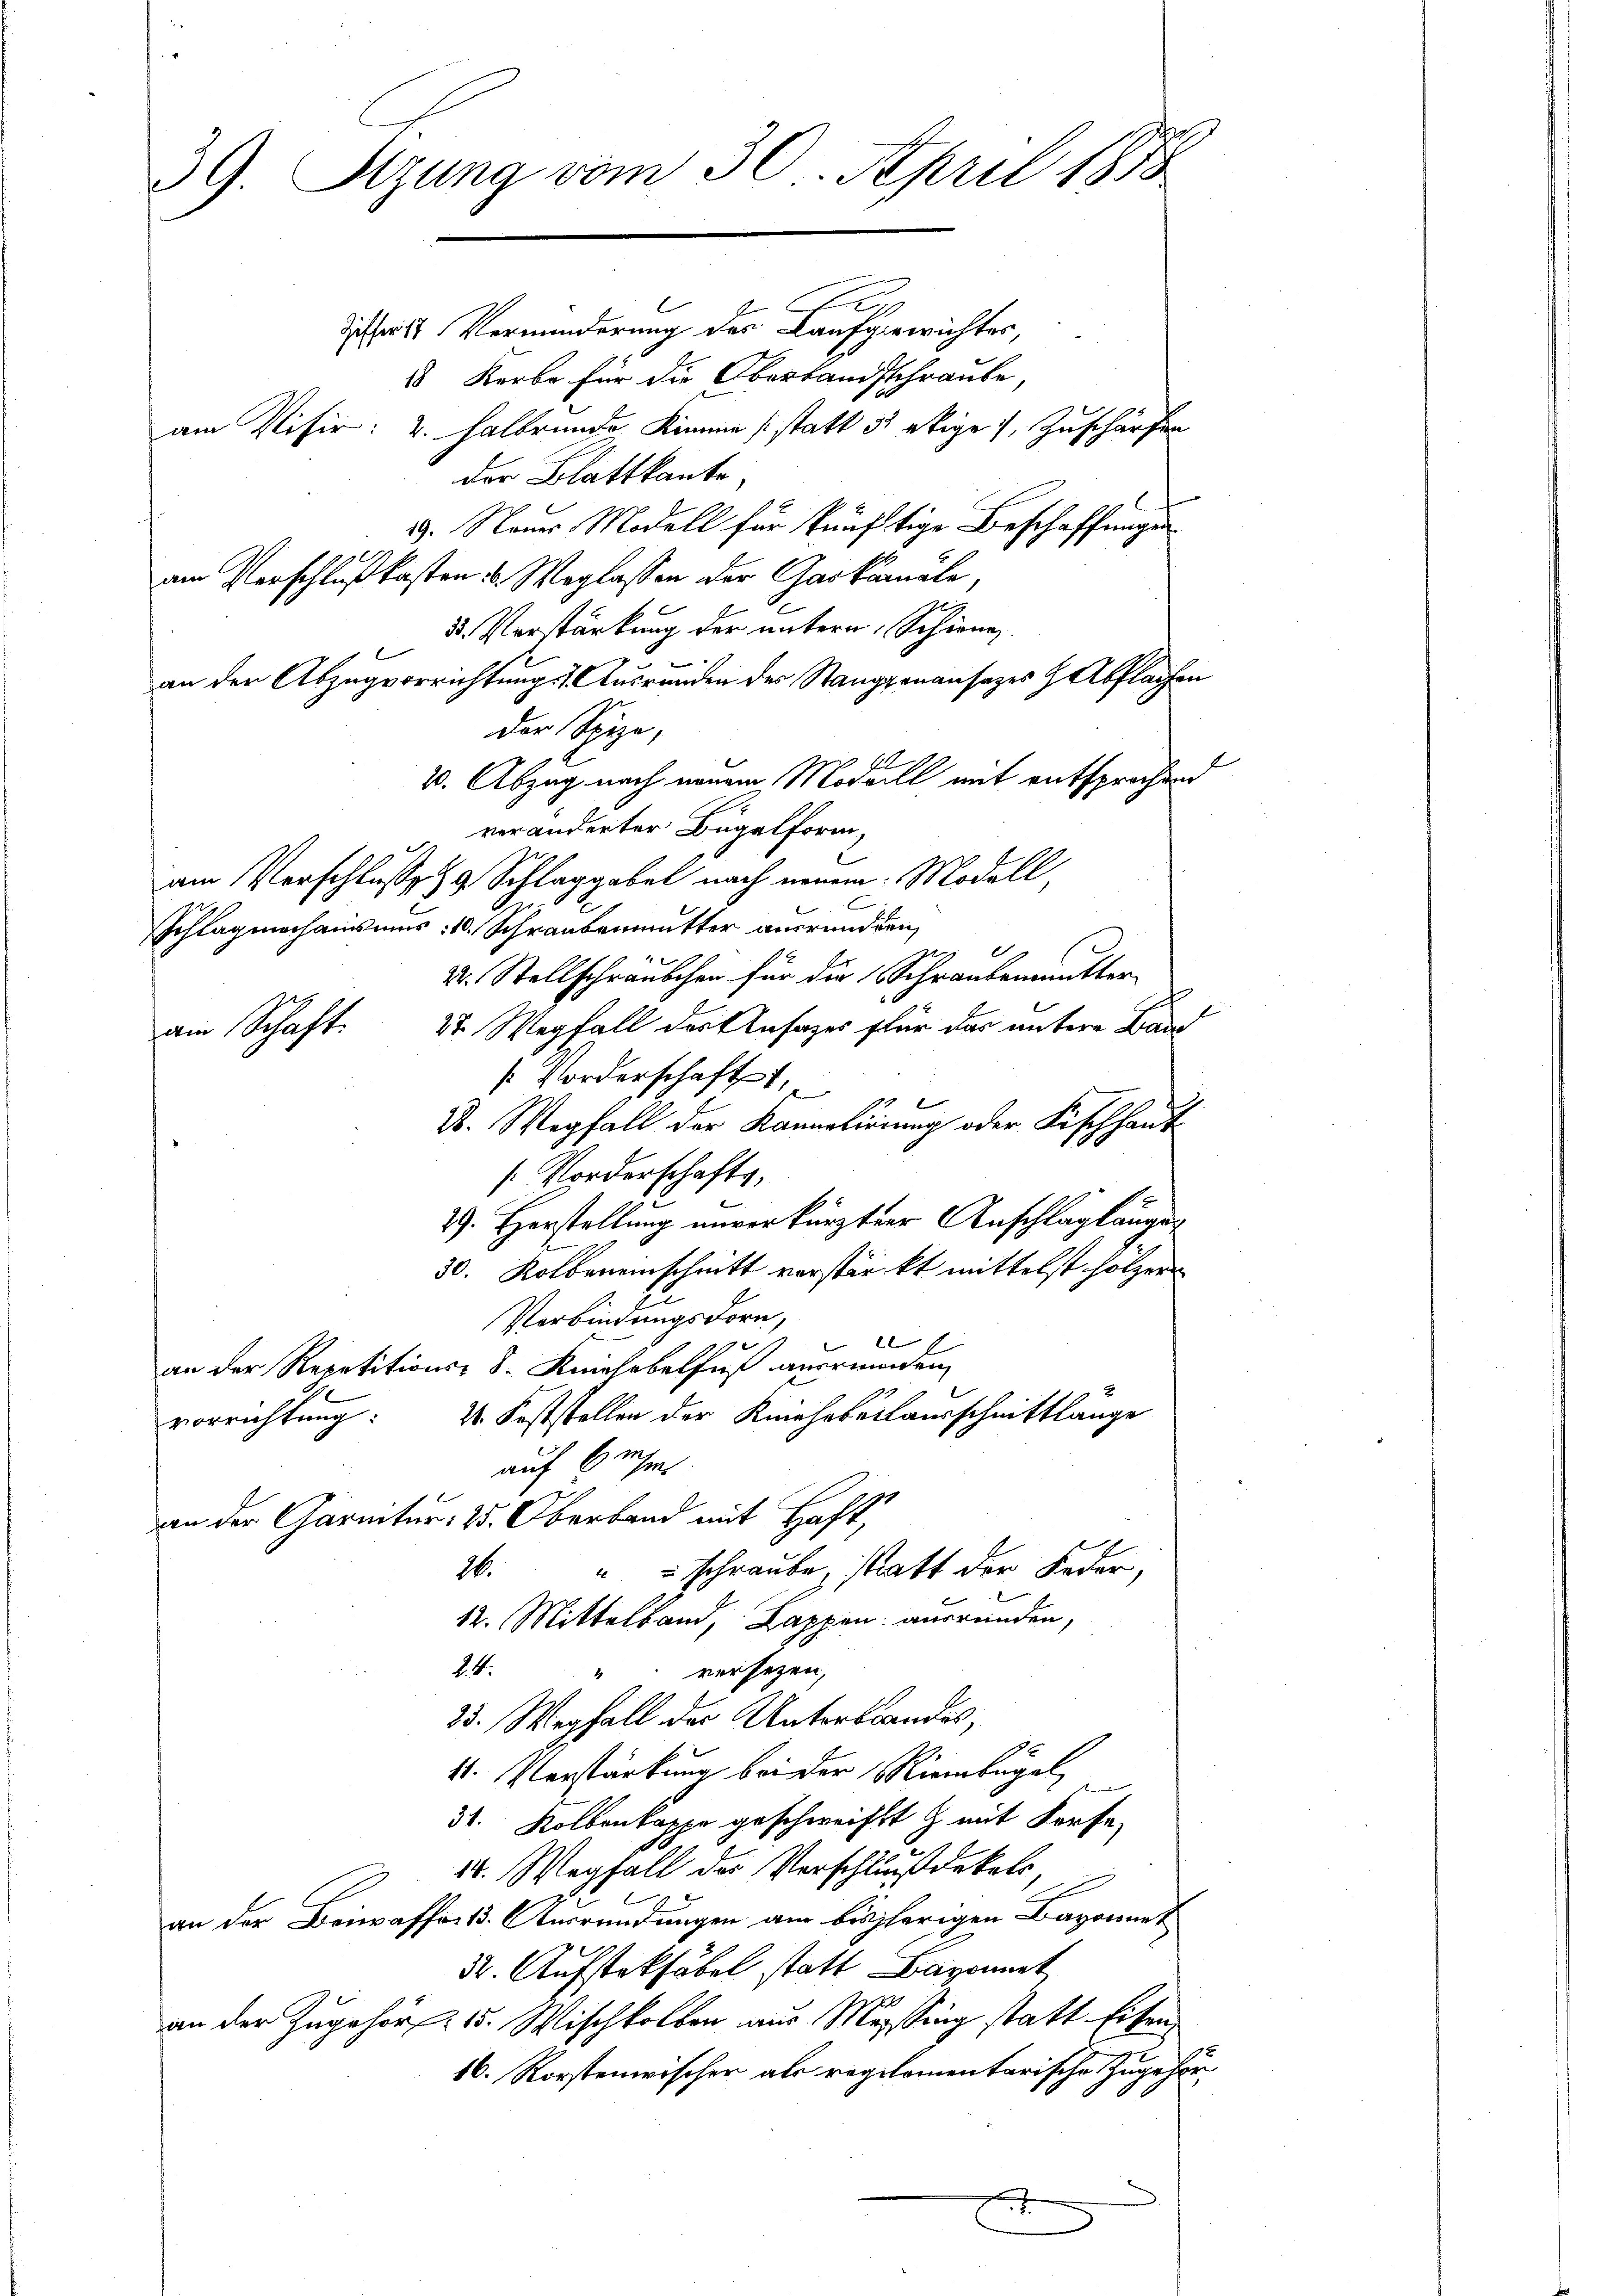
39. Sitzung vom 30. April 1878

A
Sicherist Verminderung des Kaufgewichtes,
18 Kerbe für die Oberbandsschraube,
am Visir: 4. Halbrunde Stimme (statt 31 ekige 1, Zuschärfen
der Blattkante,
s
29. Nauer Modell für künftige Beschaffungen
am Verschluß kasten u. Weglassen der Gaskanäle,
3. Verstärkung der untern Schienen
1
an der Abzugvorrichtungs Ausrunden des Stanggenansazes & Abflachen
der Spize,
v. Abzug nach neuem Modaill mit entsprochen
veränderter Bügelform,
am Vorschlusse & Schlaggebel nach neuen Modell
Schlagnachausus : 10. Schraubenmutter ausrundern,
2. Stellschräubchen für die Schraubenmutter
27. Wegfall des Ansages für das untere Baud
ain Schaft.
Vorderschaft 1,
2. Wegfall der Kannelierung oder Fischhaus-
Vorderschafts,
29. Herstellung unverkürzten Anschläglängen
30. Kolbereinschnitt verstärkt mittelst hölzer
Verbindungsdorn,
e
an der Repetitions- 8. Knirhebelfuß anerinnen
2. Feststellen der Kehrbeitausschnittlange
vorrichtung:
auf Gresens
an der Garmtur: 25. Oberband mit Haft,
" schraube, statt der Feder,
1.
12. Mittelband, Lappen ausrunden,
24.
“ versezen,
25. Wegfall der Unterbrandes,
11. Verstärkung bei der Riembugel
31. Kolbenkappe geschweift & mit Korfe¬
26. Wegfall des Verschluß dekels,
an der Beiwaffect. Ausrundungen am bisherigen Bayonnet
52. Aufstokfäbel statt Baronat
an der Zugehör 15. Wischkolben aus Messing statt Eisen,
16. Rorstenwischer als regilomentarische Zugehör¬
.